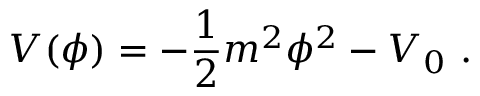
V ( \phi ) = - { \frac { 1 } { 2 } } m ^ { 2 } \phi ^ { 2 } - V _ { 0 } \ .